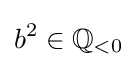
b^{2}\in \mathbb {Q} _{<0}